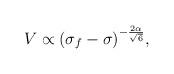
LaTeX: \begin{align*}{V\propto (\sigma_f-\sigma)^{-\frac{2\alpha}{\sqrt{6}}},}\end{align*}